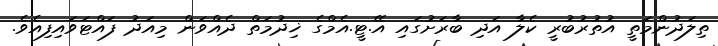
ތިލަދުންމަތީ އުތުރުބުރީ ކެލާ އަދި ބާރަށުގައި އޭ.ޓީ.އެމްގެ ޚިދުމަތް ދެއްވަން މިއަދު ފައްޓަވައިފިއެވެ.